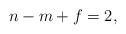
\begin{align*}n - m + f = 2,\end{align*}